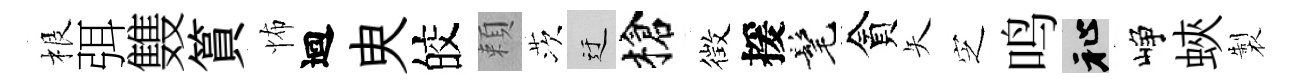
根弭䨇篔怖迴㬰皎頼茨迂槍徴援髦貪矢㝎鸣祉峥蛺製